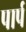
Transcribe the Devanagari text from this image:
पार्प